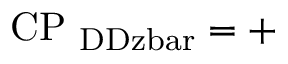
\mathrm { C P _ { \ D D z b a r } = + }